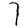
Digit: 7